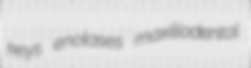
keys enolases maxillodental